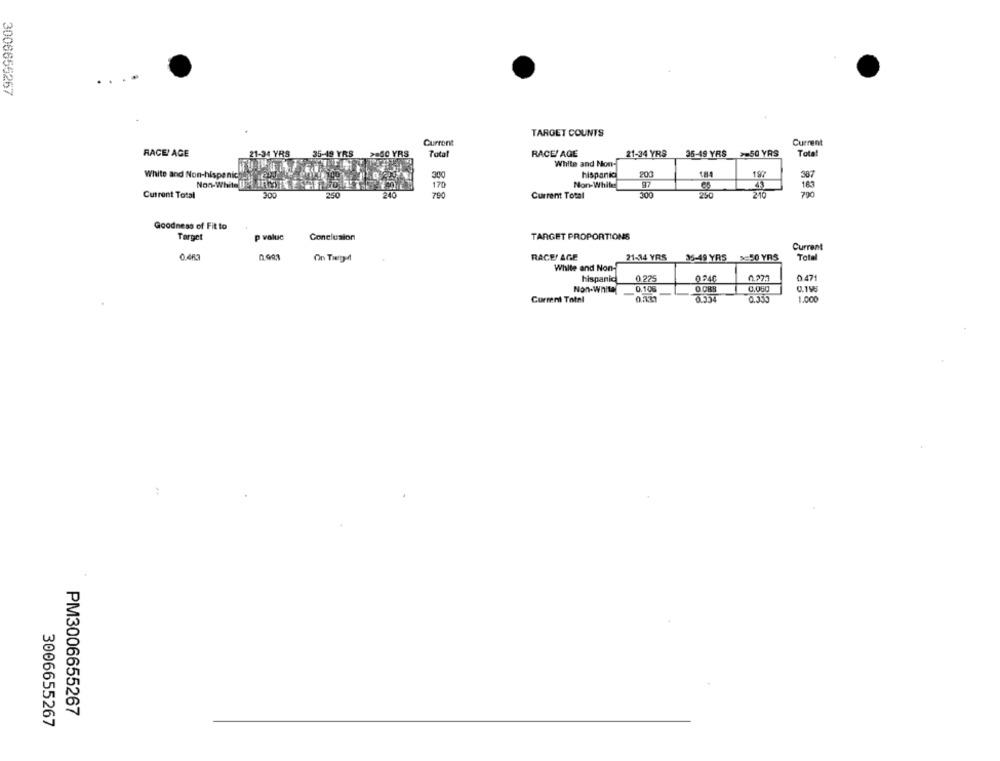
3006656267
TARGET COUNTS
Current
Current
RACE! AGE
21-34 YRS
YRS
0 YRS
Total
RACE! AGE
21-34 YRS
35-49 YRS
>=50 YRS
Tota
White and Non-
White and Non-hispanic
300
hispanic
200
387
Non-While
87
Non-White BILE
170
163
Current Total
200
250
240
790
Current Total
300
250
210
700
Goodness of Fit to
Target
p value
Conclusion
TARGET PROPORTIONS
Current
0.4K3
On Tierp-d
RACE/ AGE
21-14 YRS
35-49 YRS
50 YRS
Total
White and Non-
hispanic
0.275
0246
0.273
0471
Non-White
0.106
0 088
0.060
0.1V
0.334
0.330
1.000
Current Totel
PM3006655267
3006655267